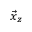
\vec { x } _ { z }